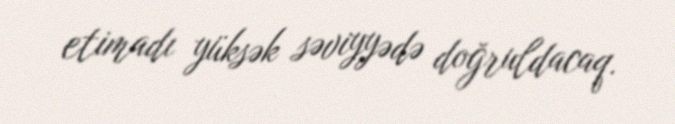
etimadı yüksək səviyyədə doğruldacaq.